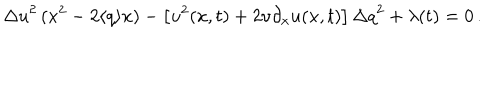
{ \Delta u } ^ { 2 } \, ( x ^ { 2 } - 2 \langle q \rangle x ) - \left[ u ^ { 2 } ( x , t ) + 2 \nu \partial _ { x } u ( x , t ) \right] { \Delta q } ^ { 2 } + \lambda ( t ) = 0 \, .